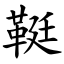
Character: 䩠